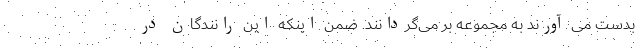
بدست می آورند به مجموعه بر می‌گردانند. ضمن اینکه این رانندگان در